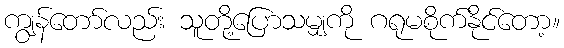
ကျွန်တော်လည်း သူတို့ပြောသမျှကို ဂရုမစိုက်နိုင်တော့။